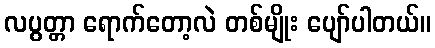
လပွတ္တာ ရောက်တော့လဲ တစ်မျိုး ပျော်ပါတယ်။